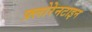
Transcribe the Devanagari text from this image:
फ़्लोरेनटाइन